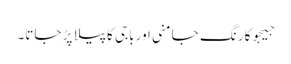
جیجوکا رنگ جامنی اور باجی کا پیلا پڑ جاتا۔